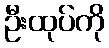
ဦးထုပ်ကို